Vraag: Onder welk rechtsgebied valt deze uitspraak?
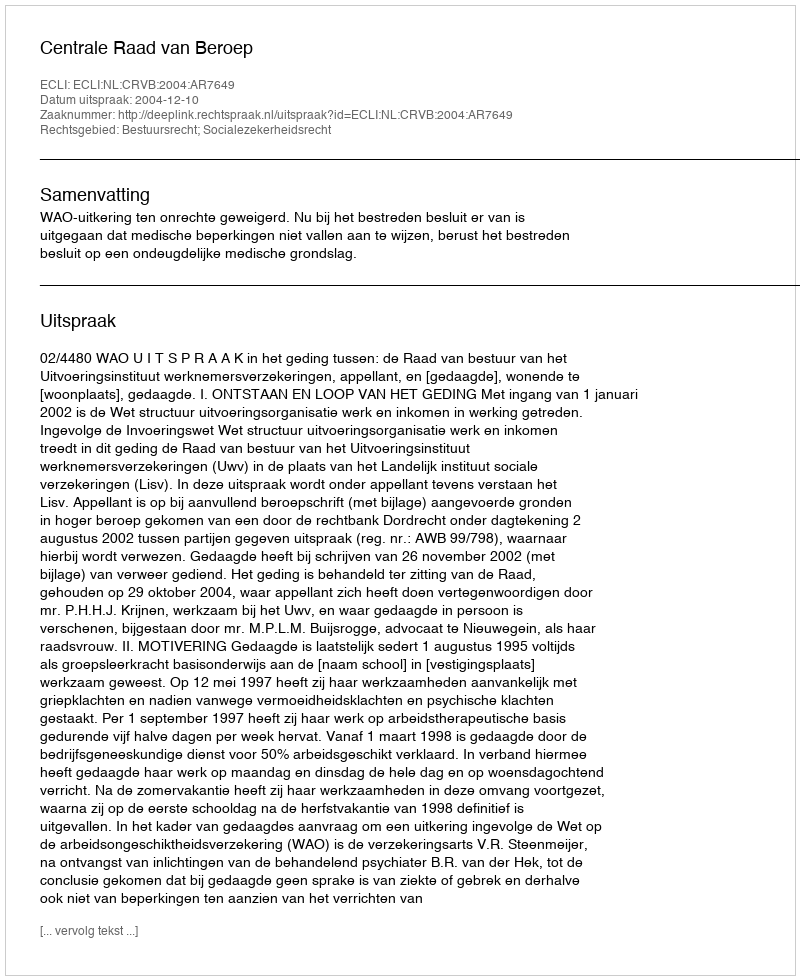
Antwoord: Bestuursrecht; Socialezekerheidsrecht